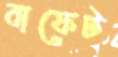
বাফেট